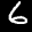
Label: 6